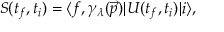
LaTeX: S ( t _ { f } , t _ { i } ) = \langle f , \gamma _ { \lambda } ( { \vec { p } } ) | U ( t _ { f } , t _ { i } ) | i \rangle ,